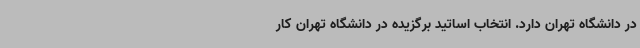
در دانشگاه تهران دارد. انتخاب اساتید برگزیده در دانشگاه تهران کار